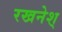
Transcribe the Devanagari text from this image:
रखनेश्